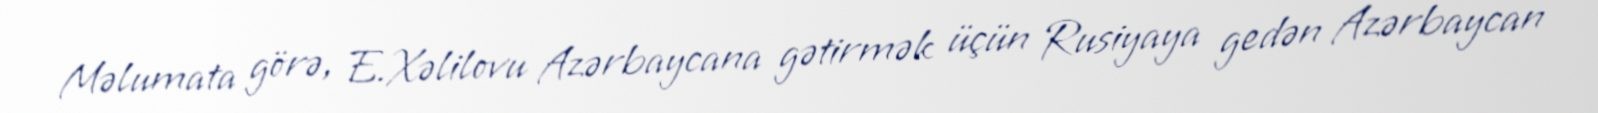
Məlumata görə, E.Xəlilovu Azərbaycana gətirmək üçün Rusiyaya gedən Azərbaycan